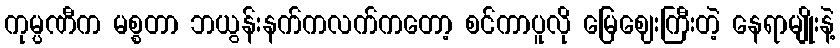
ကုမ္ပဏီက မစ္စတာ ဘယွန်းနက်ကလက်ကတော့ စင်ကာပူလို မြေဈေးကြီးတဲ့ နေရာမျိုးနဲ့